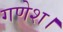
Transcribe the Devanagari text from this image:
गणेश।